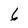
Character: 6